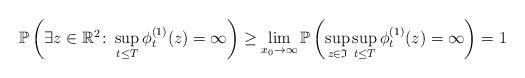
LaTeX: \begin{align*}\mathbb{P}\left(\exists z\in\mathbb{R}^2\colon\sup_{t\leq T}\phi_{t}^{(1)}(z)=\infty\right)\geq\lim_{x_0\to\infty}\mathbb{P}\left(\sup_{z\in \mathfrak{I}}\sup_{t\leq T}\phi_{t}^{(1)}(z)=\infty\right)=1\end{align*}